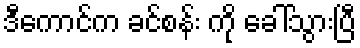
ဒီကောင်က ခင်စန်း ကို ခေါ်သွားပြီ